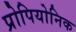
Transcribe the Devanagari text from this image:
प्रोपियोनिक